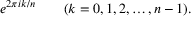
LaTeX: e ^ { 2 \pi i k / n } \qquad ( k = 0 , 1 , 2 , \dots , n - 1 ) .